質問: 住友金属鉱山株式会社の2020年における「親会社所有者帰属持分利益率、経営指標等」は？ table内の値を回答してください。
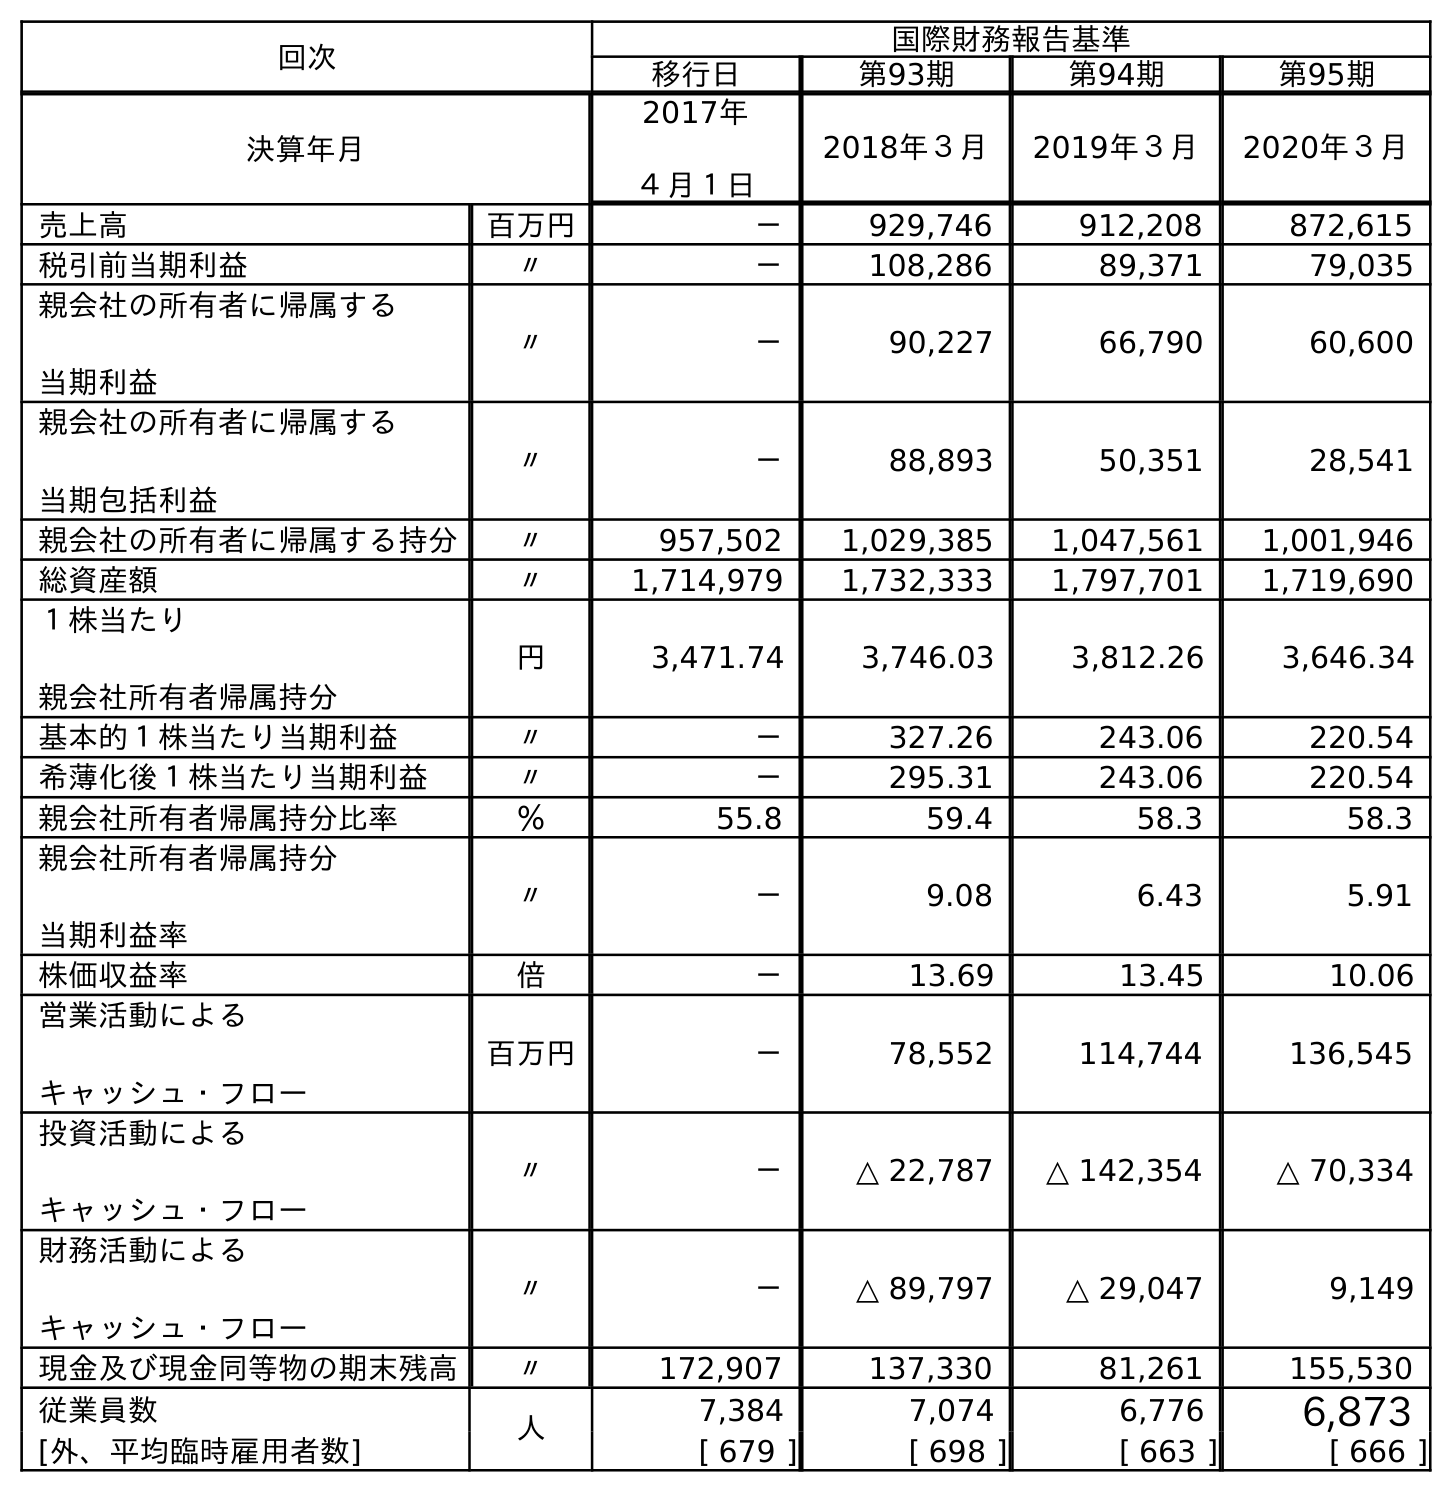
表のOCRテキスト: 回次 国際財務報告基準 移行日 第93期 第94期 第95期 決算年月 2017年 ４月１日 2018年３月 2019年３月 2020年３月 売上高 百万円 － 929,746 912,208 872,615 税引前当期利益 〃 － 108,286 89,371 79,035 親会社の所有者に帰属する 当期利益 〃 － 90,227 66,790 60,600 親会社の所有者に帰属する 当期包括利益 〃 － 88,893 50,351 28,541 親会社の所有者に帰属する持分 〃 957,502 1,029,385 1,047,561 1,001,946 総資産額 〃 1,714,979 1,732,333 1,797,701 1,719,690 １株当たり 親会社所有者帰属持分 円 3,471.74 3,746.03 3,812.26 3,646.34 基本的１株当たり当期利益 〃 － 327.26 243.06 220.54 希薄化後１株当たり当期利益 〃 － 295.31 243.06 220.54 親会社所有者帰属持分比率 ％ 55.8 59.4 58.3 58.3 親会社所有者帰属持分 当期利益率 〃 － 9.08 6.43 5.91 株価収益率 倍 － 13.69 13.45 10.06 営業活動による キャッシュ・フロー 百万円 － 78,552 114,744 136,545 投資活動による キャッシュ・フロー 〃 － △ 22,787 △ 142,354 △ 70,334 財務活動による キャッシュ・フロー 〃 － △ 89,797 △ 29,047 9,149 現金及び現金同等物の期末残高 〃 172,907 137,330 81,261 155,530 従業員数 人 7,384 7,074 6,776 6,873 [外、平均臨時雇用者数] [ 679 ] [ 698 ] [ 663 ] [ 666 ]
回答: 5.91